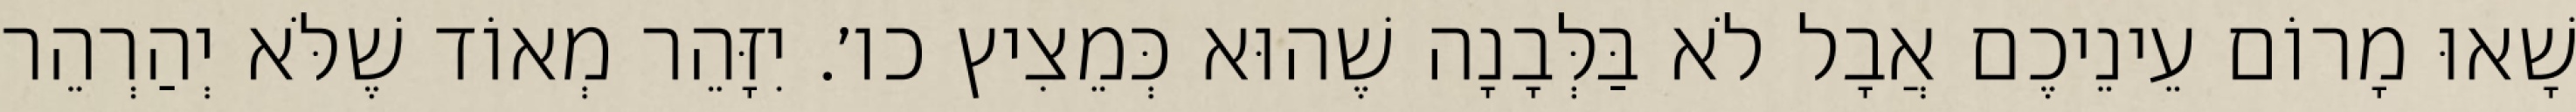
שָׁאוּ מָרוֹם עֵינֵיכֶם אֲבָל לֹא בַּלְּבָנָה שֶׁהוּא כְּמֵצִיץ כו׳. יִזָּהֵר מְאוֹד שֶׁלֹּא יְהַרְהֵר